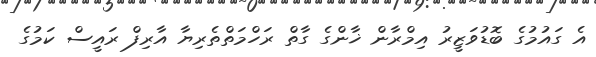
އެ ގައުމުގެ ބޮޑުވަޒީރު އިމްރާން ޚާންގެ ގާތް ރަހްމަތްތެރިޔާ އާރިފް ރައީސް ކަމުގެ